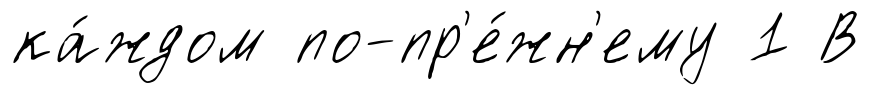
ка́ждом по-пр'е́жн'ему 1 В